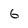
Character: 6